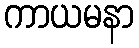
ကာယမနာ